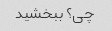
چی؟ ببخشید